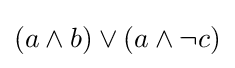
(a\land b)\lor (a\land \lnot c)